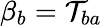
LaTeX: \beta_{b}=\mathcal{T}_{ba}